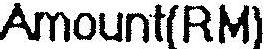
AMOUNT(RM)